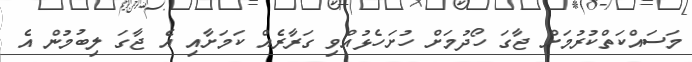
މަސައްކަތްކުރުމަށް ޖާގަ ހޯދުމަށް ހުށަހެޅުއްވި ގަރާރެއް ކަމަށާއި އެ ޖާގަ ލިބުމުން އެ